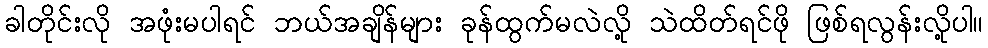
ခါတိုင်းလို အဖုံးမပါရင် ဘယ်အချိန်များ ခုန်ထွက်မလဲလို့ သဲထိတ်ရင်ဖို ဖြစ်ရလွန်းလို့ပါ။